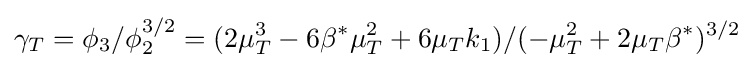
\gamma _{T}=\phi _{3}/\phi _{2}^{3/2}=(2\mu _{T}^{3}-6\beta ^{*}\mu _{T}^{2}+6\mu _{T}k_{1})/(-\mu _{T}^{2}+2\mu _{T}\beta ^{*})^{3/2}